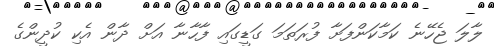
ލާލަ ޖެހޭނެ ކަމާކަންފަށާ ފުރަތަމަ ގަޑީގައި ފާހާނާ އަށް ދާން އެކި ކުދީންގެ